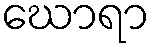
ဃောရာ